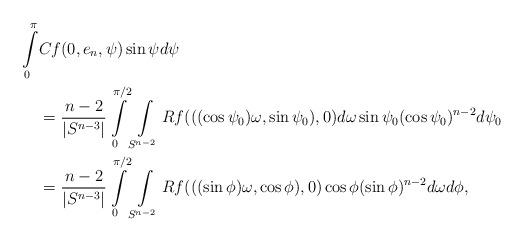
LaTeX: \begin{align*}\int\limits_0^{\pi}&Cf(0,e_n,\psi)\sin\psi d\psi\\&=\frac{n-2}{|S^{n-3}|}\int\limits_0^{\pi/2}\int\limits_{S^{n-2}}Rf(((\cos\psi_0)\omega,\sin \psi_0),0)d\omega \sin\psi_0(\cos\psi_0)^{n-2} d\psi_0\\&=\frac{n-2}{|S^{n-3}|}\int\limits_0^{\pi/2}\int\limits_{S^{n-2}}Rf(((\sin \phi) \omega,\cos \phi),0) \cos\phi(\sin\phi)^{n-2} d\omega d\phi,\end{align*}